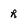
Character: h